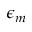
\epsilon _ { m }